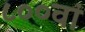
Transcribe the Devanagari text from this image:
८००वां